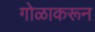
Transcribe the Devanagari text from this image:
गोळाकरून